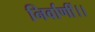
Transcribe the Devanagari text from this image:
निर्वाणीं।।